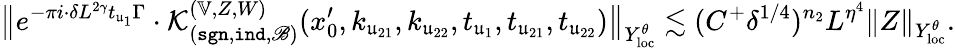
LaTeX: \big\| e^{-\pi i\cdot\delta L^{2\gamma}t_{\mathfrak u_{1}}\Gamma}\cdot\mathcal K_{(\mathtt{sgn},\mathtt{ind},\mathscr B)}^{(\mathbb V,Z,W)}(x_{0}^{\prime},k_{\mathfrak u_{21}},k_{\mathfrak u_{22}},t_{\mathfrak u_{1}},t_{\mathfrak u_{21}},t_{\mathfrak u_{22}})\big\| _{Y_{\mathrm{loc}}^{\theta}}\lesssim(C^{+}\delta^{1/4})^{n_{2}}L^{\eta^{4}}\| Z\| _{Y_{\mathrm{loc}}^{\theta}}.